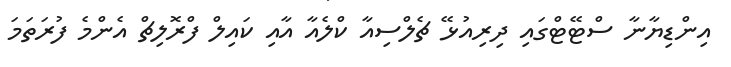
އިންޑިޔާނާ ސްޓޭޓްގައި ދިރިއުޅޭ ޗެލްސިއާ ކްލެއާ އާއި ކައިލް ފްރޮލިޗް އެންމެ ފުރަތަމަ